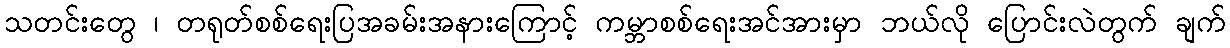
သတင်းတွေ ၊ တရုတ်စစ်ရေးပြအခမ်းအနားကြောင့် ကမ္ဘာစစ်ရေးအင်အားမှာ ဘယ်လို ပြောင်းလဲတွက် ချက်